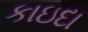
કાઇદા